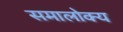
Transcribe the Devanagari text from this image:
समालोक्य